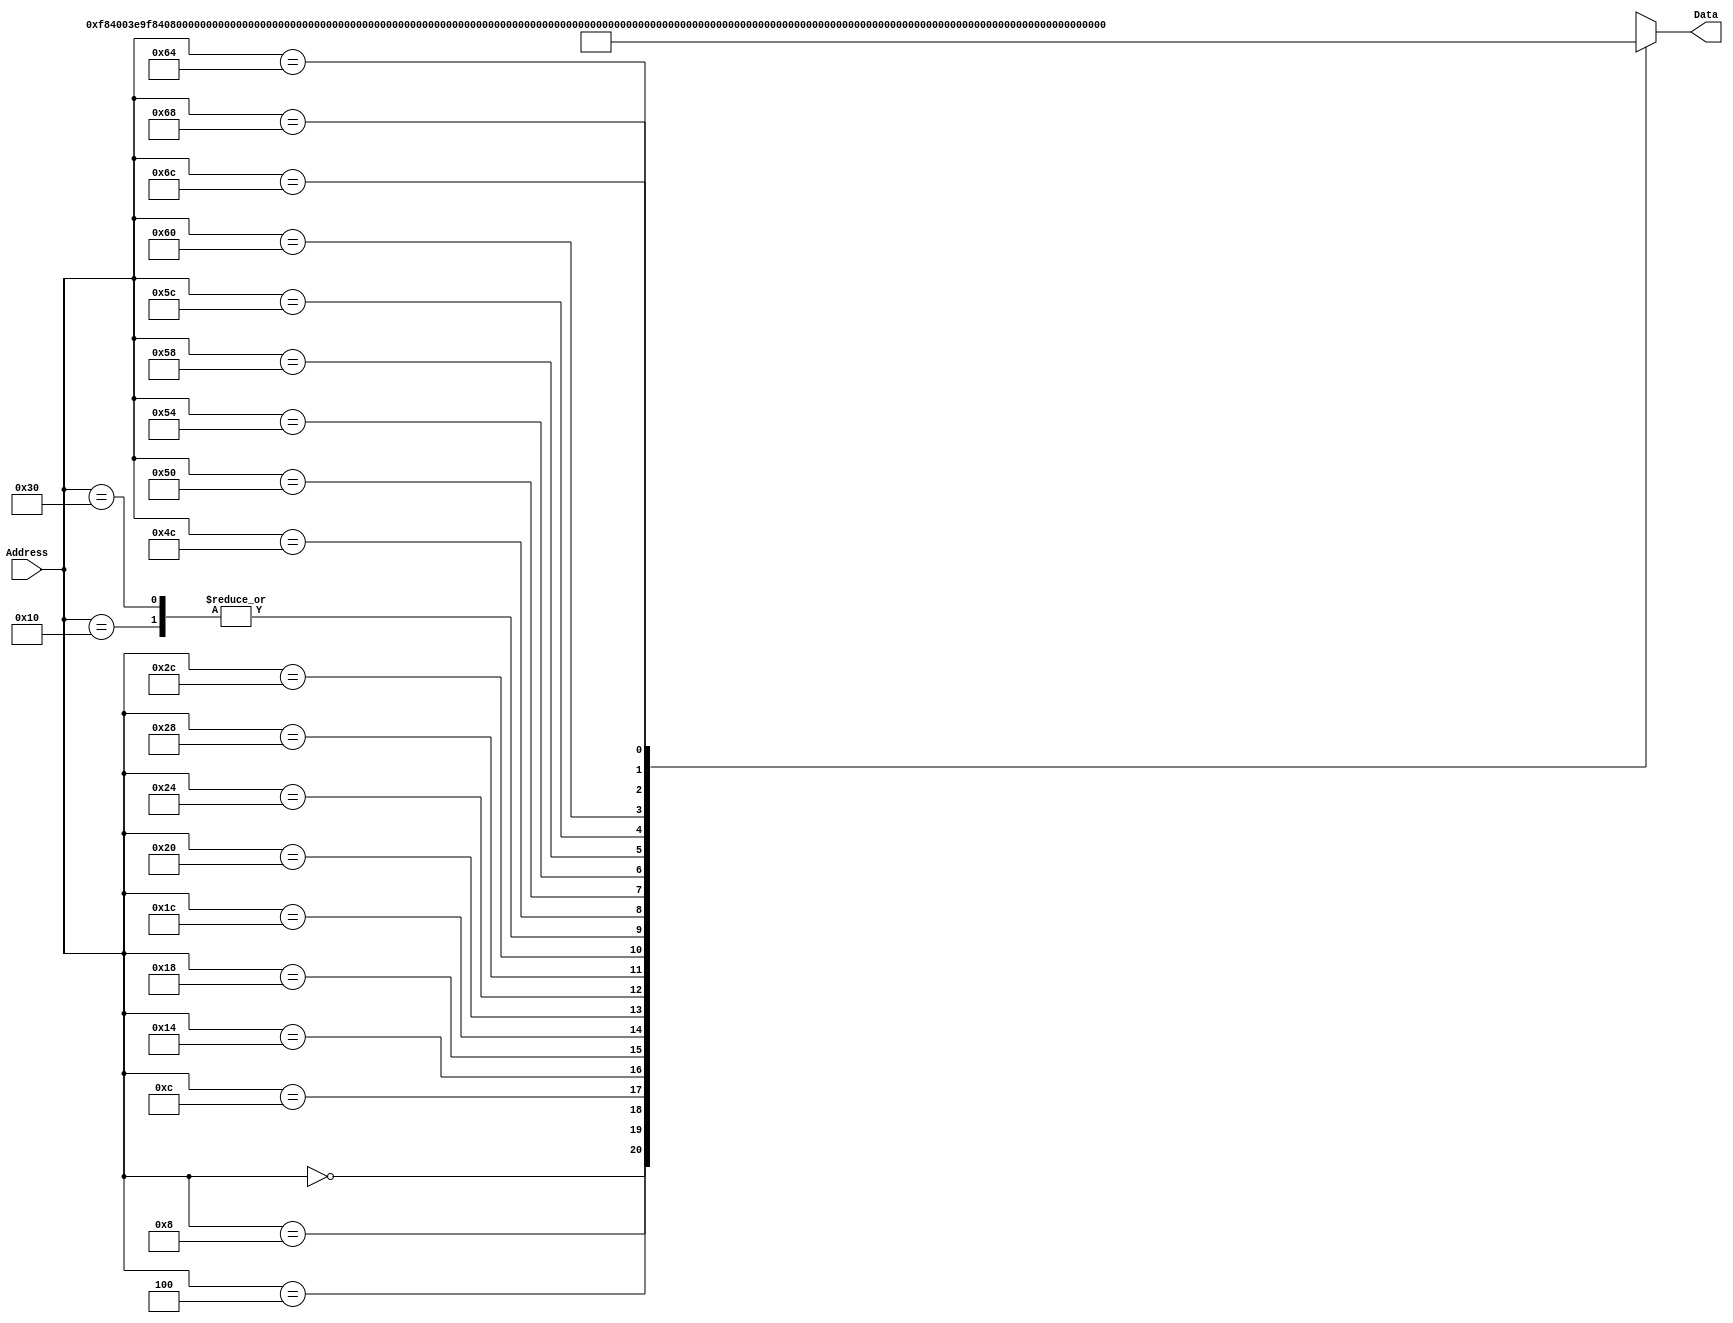
`timescale 1ns / 1ps
/*
 * Module: InstructionMemory
 *
 * Implements read-only instruction memory
 * 
 */
module InstructionMemory(Data, Address);
   parameter T_rd = 20;
   parameter MemSize = 40;
   
   output [31:0] Data;
   input [63:0]  Address;
   reg [31:0] 	 Data;
   
   /*
    * ECEN 350 Processor Test Functions
    * Texas A&M University
    */
   
   always @ (Address) begin
      #4;
      case(Address)

	/* Test Program 1:
	 * Program loads constants from the data memory. Uses these constants to test
	 * the following instructions: LDUR, ORR, AND, CBZ, ADD, SUB, STUR and B.
	 * 
	 * Assembly code for test:
	 * 
	 * 0: LDUR X9, [XZR, 0x0]    //Load 1 into x9
	 * 4: LDUR X10, [XZR, 0x8]   //Load a into x10
	 * 8: LDUR X11, [XZR, 0x10]  //Load 5 into x11
	 * C: LDUR X12, [XZR, 0x18]  //Load big constant into x12
	 * 10: LDUR X13, [XZR, 0x20]  //load a 0 into X13
	 * 
	 * 14: ORR X10, X10, X11  //Create mask of 0xf
	 * 18: AND X12, X12, X10  //Mask off low order bits of big constant
	 * 
	 * loop:
	 * 1C: CBZ X12, end  //while X12 is not 0
	 * 20: ADD X13, X13, X9  //Increment counter in X13
	 * 24: SUB X12, X12, X9  //Decrement remainder of big constant in X12
	 * 28: B loop  //Repeat till X12 is 0
	 * 2C: STUR X13, [XZR, 0x20]  //store back the counter value into the memory location 0x20
	 */
	

	63'h000: Data = 32'hF84003E9;
	63'h004: Data = 32'hF84083EA;
	63'h008: Data = 32'hF84103EB;
	63'h00c: Data = 32'hF84183EC;
	63'h010: Data = 32'hF84203ED;
	63'h014: Data = 32'hAA0B014A;
	63'h018: Data = 32'h8A0A018C;
	63'h01c: Data = 32'hB400008C;
	63'h020: Data = 32'h8B0901AD;
	63'h024: Data = 32'hCB09018C;
	63'h028: Data = 32'h17FFFFFD;
	63'h02c: Data = 32'hF80203ED;
	63'h030: Data = 32'hF84203ED;  //One last load to place stored value on memdbus for test checking.

	/* Add code for your tests here */
	//Test2
	/* MOVZ X9 , 0x1234,  LSL 48
	   MOVZ X1 , 0x5678 , LSL 32
	   MOVZ X2 , 0x9abc , LSL 16
	   MOV X3 , 0xdef0 , LSL , 0
	   ADD X9, X9, X1
	   ADD X9, X9, X2
	   ADD X9, X9, X3
	   STUR X9 [XZR 0x28]
	   LDUR X10, [XZR, 0x28]
	   LDUR X13, [XZR, 0x28]*/
	   
	   63'h4c: Data = {9'b110100101, 2'b11, 16'h1234, 5'b01001}; //MOVZ X9
	   63'h50: Data = {9'b110100101, 2'b10, 16'h5678, 5'b00001}; //MOVZ X1
	   63'h54: Data = {9'b110100101, 2'b01, 16'h9abc, 5'b00010}; //MOVZ X2
	   63'h58: Data = {9'b110100101, 2'b00, 16'hdef0, 5'b00011}; //MOVZ X3
	   
	   63'h5c: Data = {11'b10001011000, 5'b00001, 6'b000000, 5'b01001, 5'b01001}; //ADD X9, X9, X1
	   63'h60: Data = {11'b10001011000, 5'b00010, 6'b000000, 5'b01001, 5'b01001}; //ADD X9, X9, X1
	   63'h64: Data = {11'b10001011000, 5'b00011, 6'b000000, 5'b01001, 5'b01001}; //ADD X9, X9, X1
	   63'h68: Data = {11'b11111000000, 9'b000101000, 2'b00, 5'b11111, 5'b01001}; //STUR
	   63'h6c: Data = {11'b11111000010, 9'b000101000, 2'b00, 5'b11111, 5'b01010}; //LDUR X10

			
	default: Data = 32'hXXXXXXXX;
      endcase
   end
endmodule